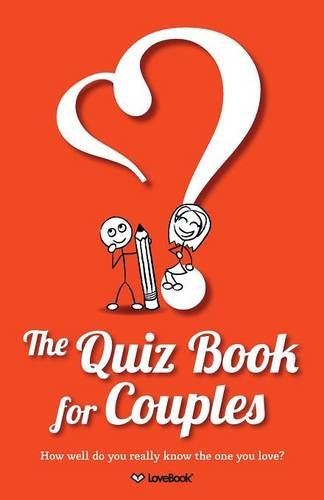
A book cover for The Quiz Book for Couples; Lovebook; Humor & Entertainment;